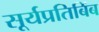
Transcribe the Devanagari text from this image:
सूर्यप्रतिबिंब